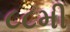
૮૮મી